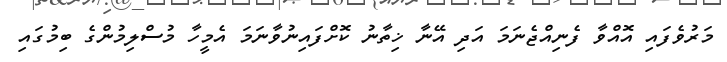
މަރުވެފައި އޮއްވާ ފެނިއްޖެނަމަ އަދި އޭނާ ޚިތާނު ކޮށްފައިނުވާނަމަ އެމީހާ މުސްލިމުންގެ ބިމުގައި